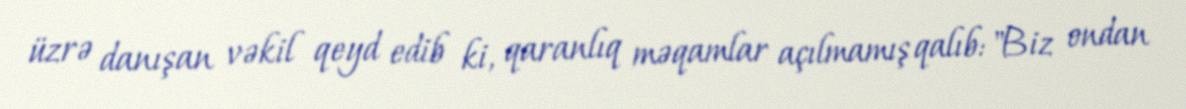
üzrə danışan vəkil qeyd edib ki, qaranlıq məqamlar açılmamış qalıb: "Biz ondan